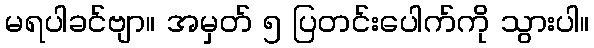
မရပါခင်ဗျာ။ အမှတ် ၅ ပြတင်းပေါက်ကို သွားပါ။